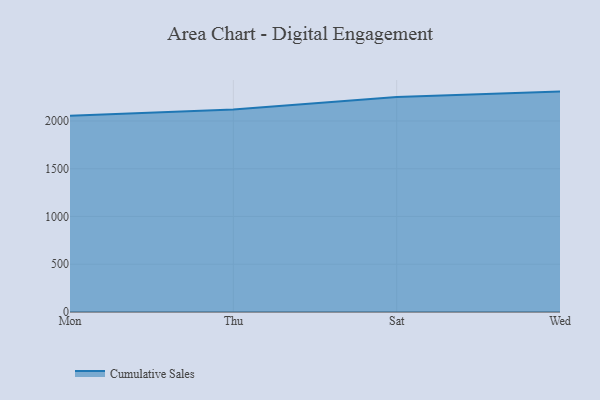
{"axis": {"x": "Day", "y": "Latency (ms)"}, "legend": ["Cumulative Sales"], "data": [{"x": "Mon", "y": 2053.2, "type": "Cumulative Sales"}, {"x": "Thu", "y": 2120.3, "type": "Cumulative Sales"}, {"x": "Sat", "y": 2250.8, "type": "Cumulative Sales"}, {"x": "Wed", "y": 2307.3, "type": "Cumulative Sales"}]}